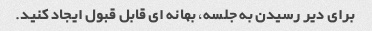
برای دیر رسیدن به جلسه، بهانه ای قابل قبول ایجاد کنید.